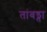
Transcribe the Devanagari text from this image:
तांबड्ता